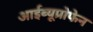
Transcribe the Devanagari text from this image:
आईब्यूप्रोफेन